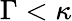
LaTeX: \Gamma<\kappa